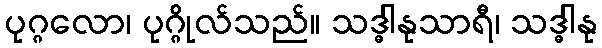
ပုဂ္ဂလော၊ ပုဂ္ဂိုလ်သည်။ သဒ္ဓါနုသာရီ၊ သဒ္ဓါနု